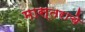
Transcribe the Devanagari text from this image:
मास्तराचे